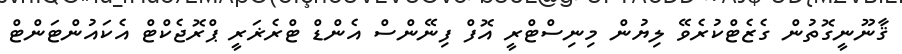
ޤާނޫނީގޮތުން ގެޒެޓްކުރެވޭ ލިޔުން މިނިސްޓްރީ އޮފް ފިނޭންސް އެންޑް ޓްރެޜަރީ ޕްރޮޖެކްޓް އެކައުންޓަންޓް